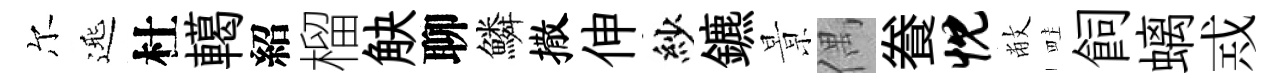
尔𨓱杜轕紹榴觖聊鱗撒伸紗鑣㬌偶飬忱敝畦飼螭𢦶